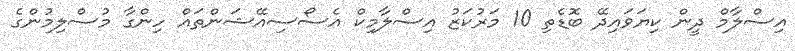
އިސްލާމް ދީން ކިޔަވައިދޭ ބޮޑެތި 10 މަރުކަޒު އިސްލާމިކް އެސޯސިއޭޝަންތައް ހިންގާ މުސްލިމުންގެ